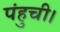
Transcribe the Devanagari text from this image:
पंहुची।